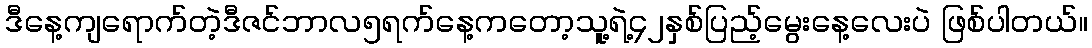
ဒီနေ့ကျရောက်တဲ့ဒီဇင်ဘာလ၅ရက်နေ့ကတော့သူ့ရဲ့၄၂နှစ်ပြည့်မွေးနေ့လေးပဲ ဖြစ်ပါတယ်။